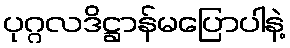
ပုဂ္ဂလဒိဋ္ဌာန်မပြောပါနဲ့